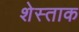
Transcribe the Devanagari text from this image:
शेस्ताक